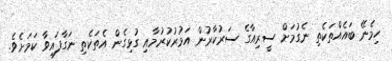
ހިމެނޭ ބައެއްތަކެތި ނެގުމަށް ސީރިއާގެ ސަރުކާރުން އަމުރުކުރުމާއި ގުޅިގެން އެތަކެތި ނަގާފައިވާ ކަމަށެވެ.